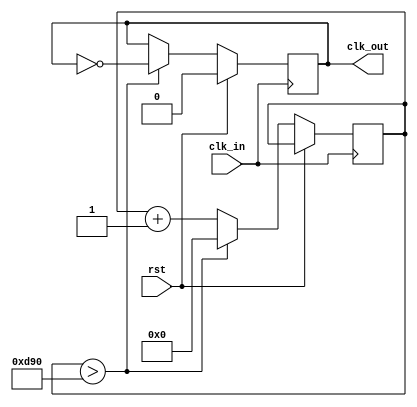
module baud_gen(clk_in, rst, clk_out);

	input clk_in;
	input rst;
	
	output reg clk_out;
	
	reg [11:0] counter;
	
	always @ (posedge clk_in) begin
		if (rst) begin
			clk_out <= 1'b0;
		end else begin
			if (counter > 12'd3472) begin	
				clk_out <= ~clk_out;
				counter <= 12'd0;
			end else begin
				counter <= counter + 12'd1;
			end
		end
	end
	
endmodule